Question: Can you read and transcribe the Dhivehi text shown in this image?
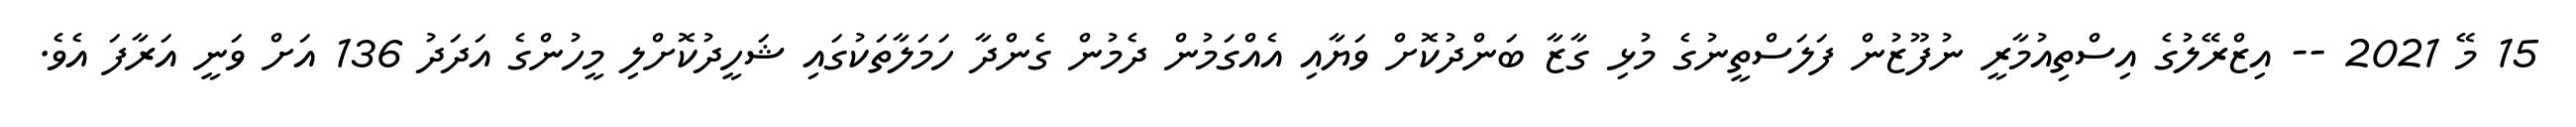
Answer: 15 މޭ 2021 -- އިޒްރޭލުގެ އިސްތިއުމާރީ ނުފޫޒުން ފަލަސްތީނުގެ މުޅި ގާޒާ ބަންދުކޮށް ވަޔާއި އެއްގަމުން ދެމުން ގެންދާ ހަމަލާތަކުގައި ޝަހީދުކޮށްލި މީހުންގެ އަދަދު 136 އަށް ވަނީ އަރާފަ އެވެ.